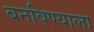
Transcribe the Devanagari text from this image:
बनविण्याला